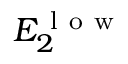
E _ { 2 } ^ { \mathrm { ~ l ~ o ~ w ~ } }